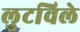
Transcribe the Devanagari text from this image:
लुटविले